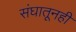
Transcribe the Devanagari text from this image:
संघातूनही